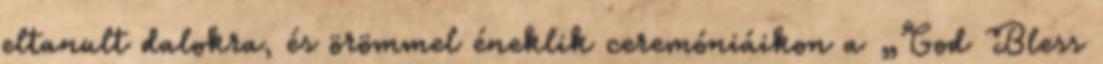
eltanult dalokra, és örömmel éneklik ceremóniáikon a „God Bless